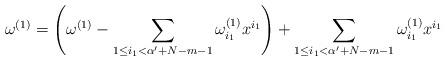
LaTeX: \begin{align*}\omega^{(1)} = \left(\omega^{(1)} - \sum_{1 \le i_1 < \alpha^\prime+N-m-1} \omega^{(1)}_{i_1} x^{i_1}\right) + \sum_{1 \le i_1 < \alpha^\prime+N-m-1} \omega^{(1)}_{i_1} x^{i_1}\end{align*}